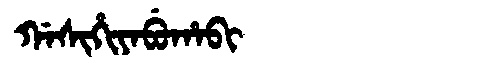
Manchu: ᡤᠠᠰᡳᡥᡳᠶᠠᠪᡠᡥᠠᠪᡳ
Romanization: GASIHIYABUHABI